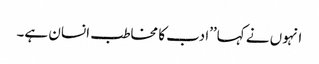
انہوں نے کہا’’ادب کا مخاطب انسان ہے۔